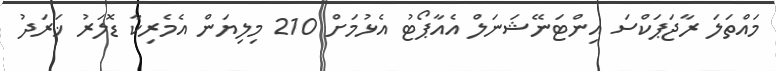
މައްތަލަ ރާޖަޕަކްސަ އިންޓަނޭޝަނަލް އެއާޕޯޓު އެޅުމަށް 210 މިލިޔަން އެމެރިކާ ޑޮލަރު ޚަރަދު